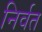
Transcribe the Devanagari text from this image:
निर्वत